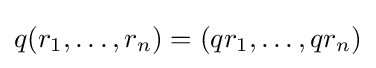
q(r_{1},\ldots ,r_{n})=(qr_{1},\ldots ,qr_{n})